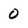
Character: 0